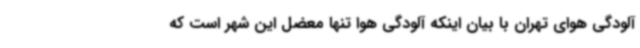
آلودگی هوای تهران با بیان اینکه آلودگی هوا تنها معضل این شهر است که